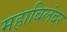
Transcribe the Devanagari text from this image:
महाबिलंदर